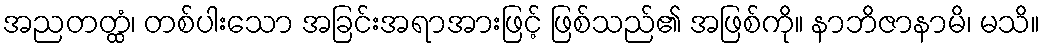
အညတတ္ထံ၊ တစ်ပါးသော အခြင်းအရာအားဖြင့် ဖြစ်သည်၏ အဖြစ်ကို။ နာဘိဇာနာမိ၊ မသိ။